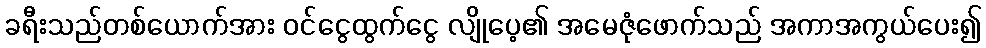
ခရီးသည်တစ်ယောက်အား ဝင်ငွေထွက်ငွေ လျိုပေ့၏ အမေဇုံဖောက်သည် အကာအကွယ်ပေး၍